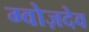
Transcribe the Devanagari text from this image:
ग्वोज़देव